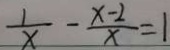
\frac { 1 } { x } - \frac { x - 2 } { x } = 1